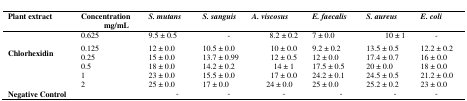
| Plant extract | Concentrationmg/mL | S. mutans | S. sanguis | A. viscosus | E. faecalis | S. aureus | E. coli |
 | --- | --- | --- | --- | --- | --- | --- | --- |
 | <ROWSPAN=6> Chlorhexidin | 0.625 | 9.5 ± 0.5 | - | 8.2 ± 0.2 | 7 ± 0.0 | 10 ± 1 | - |
 | 0.125 | 12 ± 0.0 | 10.5 ± 0.0 | 10 ± 0.0 | 9.2 ± 0.2 | 13.5 ± 0.5 | 12.2 ± 0.2 |
 | 0.25 | 15 ± 0.0 | 13.7 ± 0.99 | 12 ± 0.5 | 12 ± 0.0 | 17.4 ± 0.7 | 16 ± 0.0 |
 | 0.5 | 18 ± 0.0 | 14.2 ± 0.2 | 14 ± 1 | 17.5 ± 0.5 | 20 ± 0.0 | 18 ± 0.0 |
 | 1 | 23 ± 0.0 | 15.5 ± 0.0 | 17 ± 0.0 | 24.2 ± 0.1 | 24.5 ± 0.5 | 21.2 ± 0.0 |
 | 2 | 25 ± 0.0 | 17 ± 0.0 | 24 ± 0.0 | 25 ± 0.0 | 25.2 ± 0.2 | 23 ± 0.0 |
 | Negative Control |  | - | - | - | - | - | - |